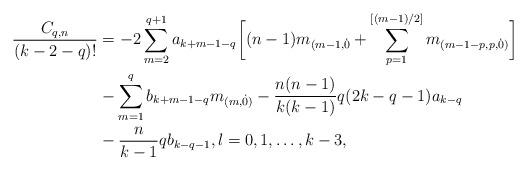
LaTeX: \begin{align*} \frac{C_{q,n}}{(k-2-q)!} &= - 2 \sum_{m=2}^{q+1} a_{k+m-1-q} \biggl[(n-1) m_{(m-1,\dot{0}} + \sum_{p=1}^{[(m-1)/2]} m_{(m-1-p,p,\dot{0})}\biggr] \\ &- \sum_{m=1}^{q} b_{k+m-1-q} m_{(m,\dot{0})} - \frac{n(n-1)}{k(k-1)} q(2k-q-1) a_{k-q} \\ &- \frac{n}{k-1} q b_{k-q-1}, l=0, 1, \ldots, k-3, \end{align*}